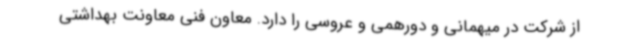
از شرکت در میهمانی و دورهمی و عروسی را دارد. معاون فنی معاونت بهداشتی